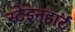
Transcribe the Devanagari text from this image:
स्टेइनहार्ट